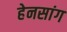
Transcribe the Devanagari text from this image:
हेनसांग